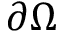
\partial \Omega